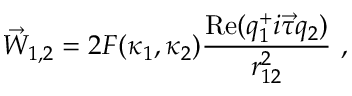
\vec { W } _ { 1 , 2 } = 2 F ( \kappa _ { 1 } , \kappa _ { 2 } ) \frac { \mathrm { R e } ( q _ { 1 } ^ { + } i \vec { \tau } q _ { 2 } ) } { r _ { 1 2 } ^ { 2 } } ~ ,